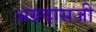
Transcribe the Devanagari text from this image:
अग्रदासजी